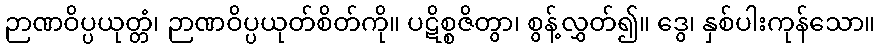
ဉာဏဝိပ္ပယုတ္တံ၊ ဉာဏဝိပ္ပယုတ်စိတ်ကို။ ပဋိစ္စဇိတွာ၊ စွန့်လွှတ်၍။ ဒွေ၊ နှစ်ပါးကုန်သော။